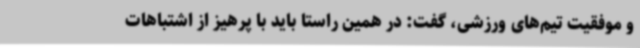
و موفقیت تیم‌های ورزشی، گفت: در همین راستا باید با پرهیز از اشتباهات